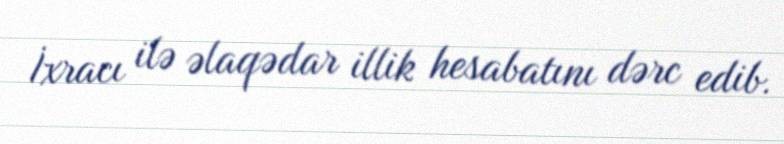
İxracı ilə əlaqədar illik hesabatını dərc edib.